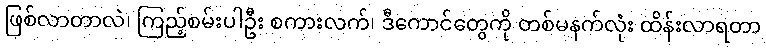
ဖြစ်လာတာလဲ၊ ကြည့်စမ်းပါဦး စကားလက်၊ ဒီကောင်တွေကို တစ်မနက်လုံး ထိန်းလာရတာ